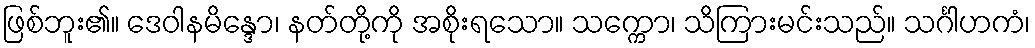
ဖြစ်ဘူး၏။ ဒေဝါနမိန္ဒော၊ နတ်တို့ကို အစိုးရသော။ သက္ကော၊ သိကြားမင်းသည်။ သင်္ဂါဟကံ၊